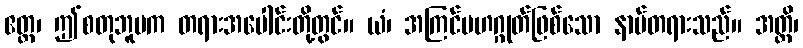
ဧတ္ထ၊ ဤစတုဘူမက တရားအပေါင်းတို့တွင်။ ယံ၊ အကြင်မဟဂ္ဂုတ်ဖြစ်သော နာမ်တရားသည်။ အတ္ထိ၊